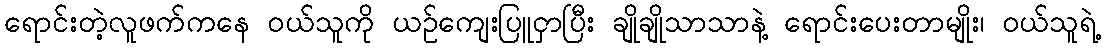
ရောင်းတဲ့လူဖက်ကနေ ၀ယ်သူကို ယဥ်ကျေးပြူငှာပြီး ချိုချိုသာသာနဲ့ ရောင်းပေးတာမျိုး၊ ၀ယ်သူရဲ့